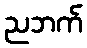
ညဘက်